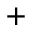
+